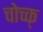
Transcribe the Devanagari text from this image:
चोच्क्